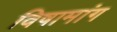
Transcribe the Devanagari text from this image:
विषामांग